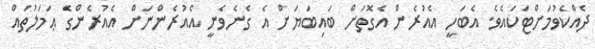
ދެއްކެވުމަށްޓަކައެވެ. އެބަހީ އެއުރެން އެގޮތަށް ބައިބަޔަށް އެ ގެނެވެނީ އެއުރެންނަށް އެއުރެންގެ ޢަމަލުތައް